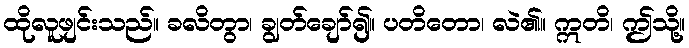
ထိုလူဖျင်းသည်။ ခလိတွာ၊ ချွတ်ချော်၍။ ပတိတော၊ လဲ၏။ ဣတိ၊ ဤသို့။